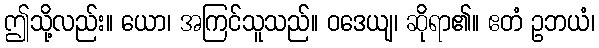
ဤသို့လည်း။ ယော၊ အကြင်သူသည်။ ဝဒေယျ၊ ဆိုရာ၏။ ဧတံ ဥဘယံ၊